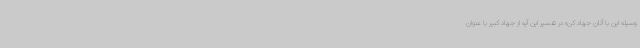
وسیله این با آنان جهاد کن» در تفسیر این آیه از جهاد کبیر با عنوان